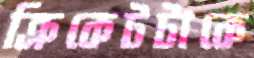
ক্রিকেটটাকে